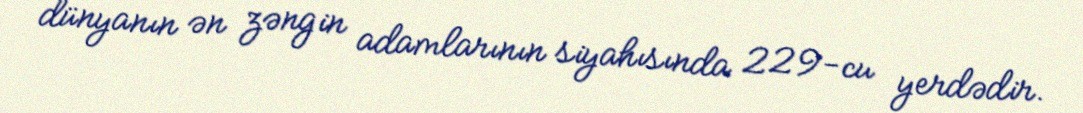
dünyanın ən zəngin adamlarının siyahısında 229-cu yerdədir.